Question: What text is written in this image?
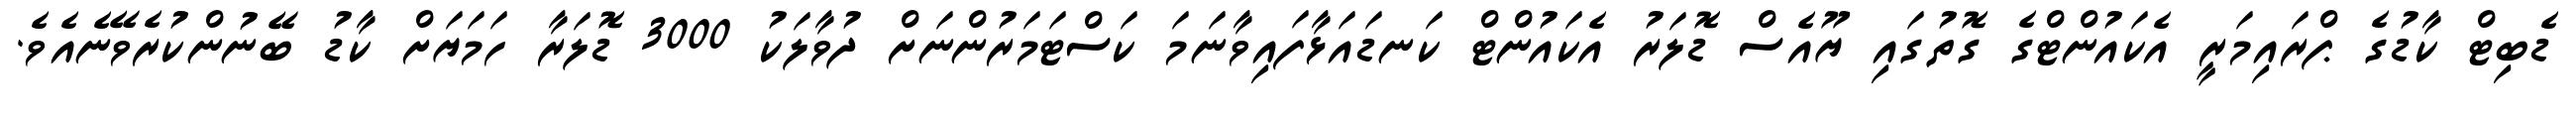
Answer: ޑެބިޓް ކާޑުގެ ޕްރައިމަރީ އެކައުންޓްގެ ގޮތުގައި ޔޫއެސް ޑޮލަރު އެކައުންޓް ކަނޑައަޅާފައިވާނަމަ ކަސްޓަމަރުންނަށް ދުވާލަކު 3000 ޑޮލަރާ ހަމަޔަށް ކާޑު ބޭނުންކުރެވޭނެއެވެ.